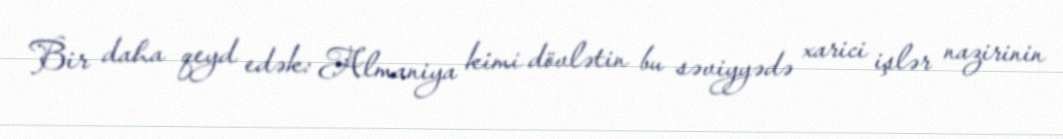
Bir daha qeyd edək: Almaniya kimi dövlətin bu səviyyədə xarici işlər nazirinin